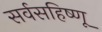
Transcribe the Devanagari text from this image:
सर्वसहिष्णू